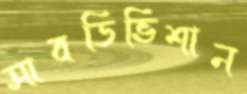
সাবডিভিশান